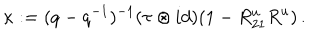
\kappa : = ( q - q ^ { - 1 } ) ^ { - 1 } ( \tau \otimes i d ) ( 1 - R _ { 2 1 } ^ { u } R ^ { u } ) \, .